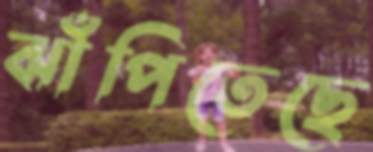
ঝাঁপিতেছে